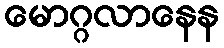
မောဂ္ဂလာနေန